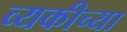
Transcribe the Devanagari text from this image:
व्यकीच्या